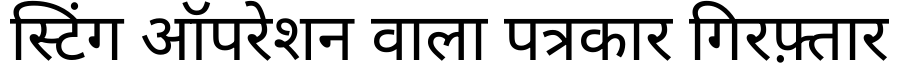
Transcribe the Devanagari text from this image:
स्टिंग ऑपरेशन वाला पत्रकार गिरफ़्तार